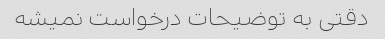
دقتی به توضیحات درخواست نمیشه